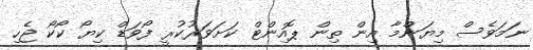
ނަަމަވެސް މިޔަންމާ އިން ތިން ޕޮއިންޓް ކަށަވަރުކުރީ ފޯވަޑް ކިޔޯ ކޯކޯ ޖެހި